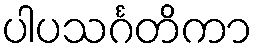
ပါပသင်္ဂတိကာ